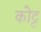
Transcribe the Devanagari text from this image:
कोट्ट